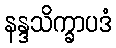
နန္ဒသိက္ခာပဒံ